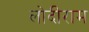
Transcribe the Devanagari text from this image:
लोदीराम